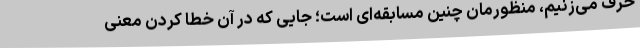
حرف می‌زنیم، منظورمان چنین مسابقه‌ای است؛ جایی که در آن خطا کردن معنی